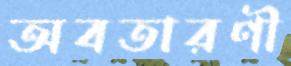
অবতারণী